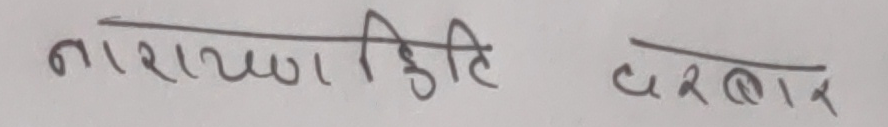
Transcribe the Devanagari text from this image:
नारायणहिति दरबार